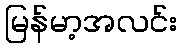
မြန်မာ့အလင်း